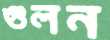
গুলন